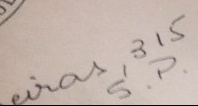
###315